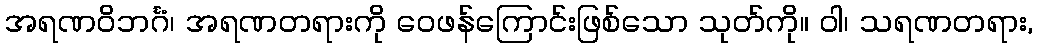
အရဏဝိဘင်္ဂံ၊ အရဏတရားကို ဝေဖန်ကြောင်းဖြစ်သော သုတ်ကို။ ဝါ၊ သရဏတရား,